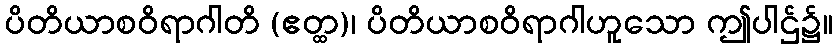
ပိတိယာစဝိရာဂါတိ (ဧတ္ထ)၊ ပိတိယာစဝိရာဂါဟူသော ဤပါဌ်၌။